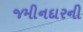
જમીનદારની